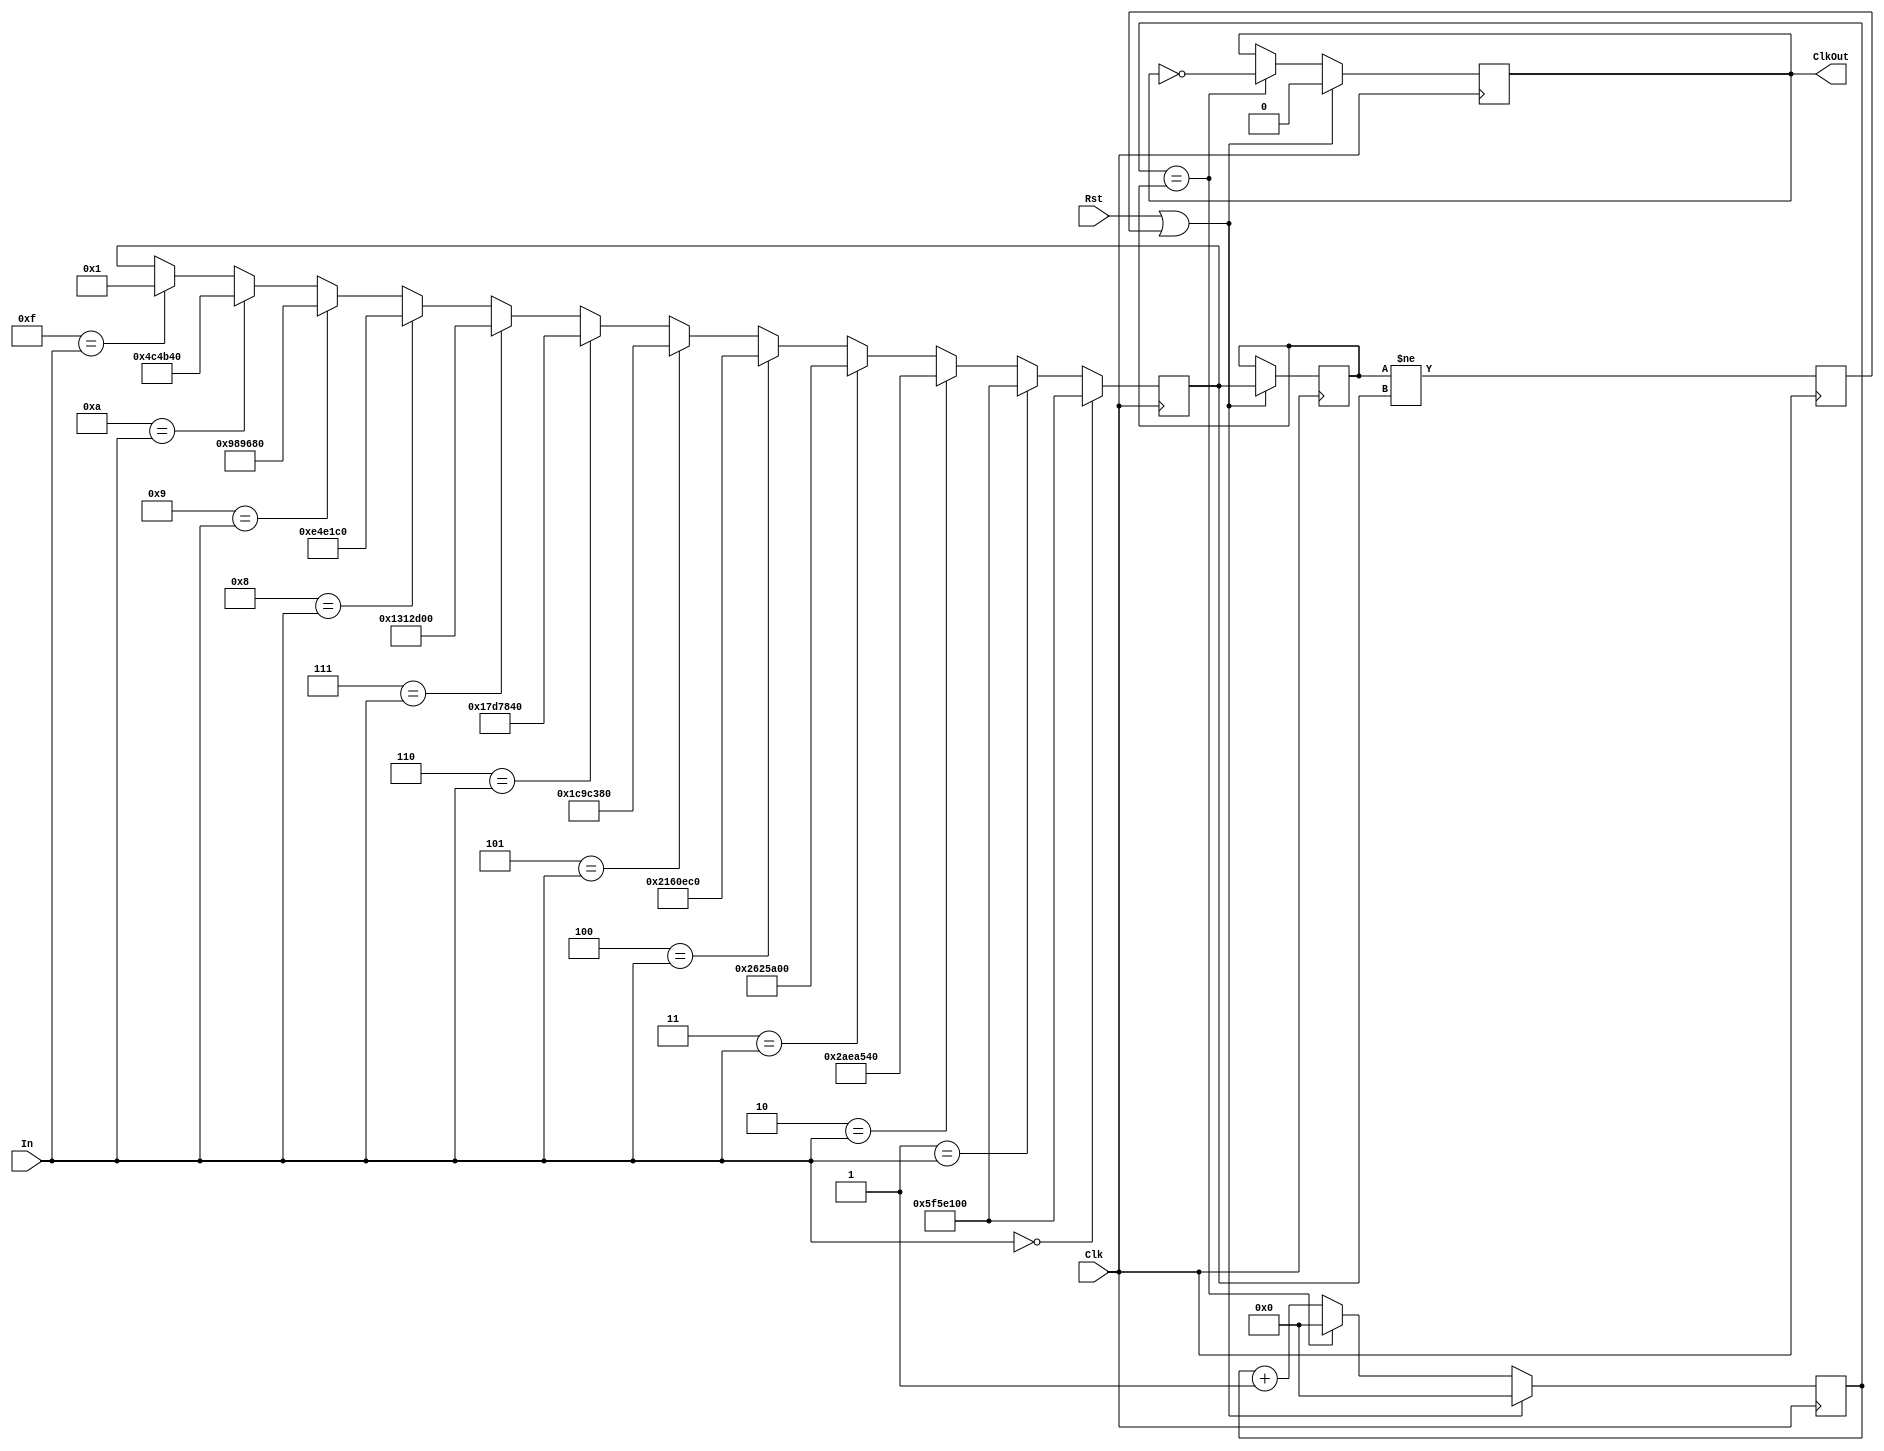
`timescale 1ns / 1ns
//////////////////////////////////////////////////////////////////////////////////
// Design Name: Andres Rebeil
// Module Name: Mod_Clk_Div
// Project Name: 
//////////////////////////////////////////////////////////////////////////////////


module Mod_Clk_Div(In, Clk, Rst, ClkOut);

    input Clk, Rst;
    input [3:0] In;
    
    output reg ClkOut = 0;
    
    reg Next_L = 0; //tracks level change/update
    
    //Divider constants for divider counter
    parameter DivVal_0  = 100000000,  //Constant for 0.5 Hz 
              DivVal_1  = 45000000,  //Constant for 1.1111 Hz
              DivVal_2  = 40000000,  //Constant for 1.25 Hz
              DivVal_3  = 35000000,  //Constant for 1.4286 Hz
              DivVal_4  = 30000000,  //Constant for 1.66667 Hz
              DivVal_5  = 25000000,   //Constant for 2 Hz
              DivVal_6  = 20000000,   //Constant for 2.5 Hz
              DivVal_7  = 15000000,   //Constant for 3.3333 Hz
              DivVal_8 = 10000000,   //Constant for 5 Hz
              DivVal_9 = 5000000,   //Constant for 10 Hz
              DivVal_10 = 4166666,   //Constant for 12 Hz
              DivVal_13 = 3571428,   //Constant for 14 Hz
              DivVal_14 = 3125000,   //Constant for 16 Hz
              DivVal_Test1 = 2,
              DivVal_Test2 = 1;       //For test benching
              
    reg [28:0] DivCnt = 0;
    reg ClkInt = 0;
    reg [28:0] DivSel = DivVal_0; //Stores desired clock frequency constant
    reg [28:0] TempSel = DivVal_0; //Temporarily stores constant for divSel
    
    always @(posedge Clk) begin
        if( (Rst == 1) || (Next_L) )begin
               DivCnt <= 0;
               ClkOut <= 0;
               ClkInt <= 0;
               DivSel <= TempSel;
        end 
        else if( DivCnt == DivSel ) begin//Checks if desired clock interval
            ClkOut <= ~ClkInt;      //has been reached
            ClkInt <= ~ClkInt;
            DivCnt <= 0;
        end
        else begin //else continue to count until DivSel is reached
            ClkOut <= ClkInt;
            ClkInt <= ClkInt;
            DivCnt <= DivCnt + 1;
        end
       
       Next_L <= (DivSel != TempSel); //Change of level detected
       
       if(4'b0000==In) begin
           TempSel <= DivVal_0; 
            //TempSel <= DivVal_Test1;
       end
       else if(4'b0001==In) begin
            TempSel <= DivVal_0;
            //TempSel <= DivVal_Test1;
       end
       else if(4'b0010==In) begin
            TempSel <= DivVal_1;
            //TempSel <= DivVal_Test2;
       end
       else if(4'b0011==In) begin
            TempSel <= DivVal_2;
            //TempSel <= DivVal_Test1;
       end
       else if(4'b0100==In) begin 
           TempSel <= DivVal_3;
           //TempSel <= DivVal_Test2;   
       end 
       else if(4'b0101==In) begin 
            TempSel <= DivVal_4;
            //TempSel <= DivVal_Test1;   
       end                        
       else if(4'b0110==In) begin 
            TempSel <= DivVal_5;
            //TempSel <= DivVal_Test1;   
       end
       else if(4'b0111==In) begin
            TempSel <= DivVal_6;
            //TempSel <= DivVal_Test1;  
       end                       
       else if(4'b1000==In) begin
           TempSel <= DivVal_7;
            //TempSel <= DivVal_Test1;  
       end
       else if(4'b1001==In) begin
            TempSel <= DivVal_8;
            //TempSel <= DivVal_Test1;  
       end
       else if(4'b1010 == In) begin
            TempSel <= DivVal_9;
            //TempSel <= DivVal_Test2;
       end                    
//       else if(4'b1010==In) begin
//            TempSel <= DivVal_10;  
//       end 
//       else if(4'b1011==In) begin
//            TempSel <= DivVal_11;  
//       end                                             
//       else if(4'b1100==In) begin
//            TempSel <= DivVal_12;  
//       end                       
//       else if(4'b1101==In) begin
//            TempSel <= DivVal_13;  
//       end
       else if(4'b1010 == In) begin
            TempSel <= DivVal_14; 
            //TempSel <= DivVal_Test2; 
       end                                                                                                                     
       else if(4'b1111==In) begin
            TempSel <= DivVal_Test2;
       end
    end
 
endmodule